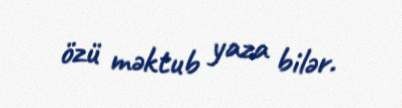
özü məktub yaza bilər.